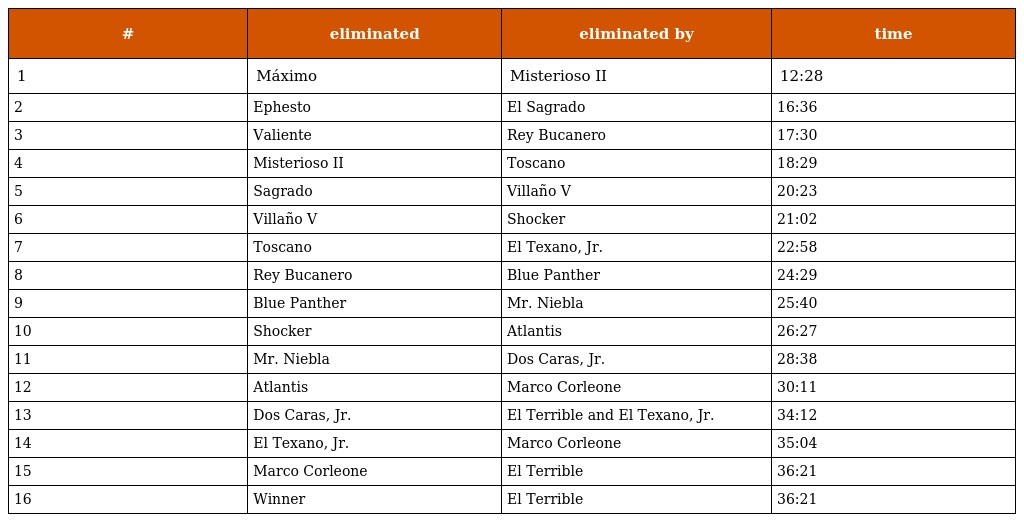
| # | eliminated | eliminated by | time |
 | --- | --- | --- | --- |
 | 1 | Máximo | Misterioso II | 12:28 |
 | 2 | Ephesto | El Sagrado | 16:36 |
 | 3 | Valiente | Rey Bucanero | 17:30 |
 | 4 | Misterioso II | Toscano | 18:29 |
 | 5 | Sagrado | Villaño V | 20:23 |
 | 6 | Villaño V | Shocker | 21:02 |
 | 7 | Toscano | El Texano, Jr. | 22:58 |
 | 8 | Rey Bucanero | Blue Panther | 24:29 |
 | 9 | Blue Panther | Mr. Niebla | 25:40 |
 | 10 | Shocker | Atlantis | 26:27 |
 | 11 | Mr. Niebla | Dos Caras, Jr. | 28:38 |
 | 12 | Atlantis | Marco Corleone | 30:11 |
 | 13 | Dos Caras, Jr. | El Terrible and El Texano, Jr. | 34:12 |
 | 14 | El Texano, Jr. | Marco Corleone | 35:04 |
 | 15 | Marco Corleone | El Terrible | 36:21 |
 | 16 | Winner | El Terrible | 36:21 |